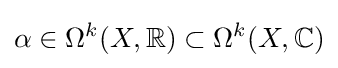
\alpha \in \Omega ^{k}(X,\mathbb {R} )\subset \Omega ^{k}(X,\mathbb {C} )